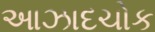
આઝાદચોક